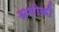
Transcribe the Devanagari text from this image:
अशोकी